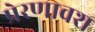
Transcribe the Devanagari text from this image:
प्रेरणावश